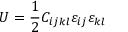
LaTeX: U = { \frac { 1 } { 2 } } C _ { i j k l } \varepsilon _ { i j } \varepsilon _ { k l }